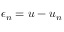
\epsilon _ { n } = u - u _ { n }